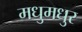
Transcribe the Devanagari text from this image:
मधुमधुर